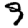
Digit: 9